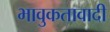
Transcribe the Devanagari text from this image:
भावुकतावादी